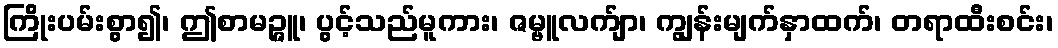
ကြိုးပမ်းစွာ၍၊ ဤစာမဉ္ဇူ၊ ပွင့်သည်မူကား၊ ဇမ္ဗူလက်ျာ၊ ကျွန်းမျက်နှာထက်၊ တရာထီးစင်း၊